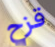
قزح